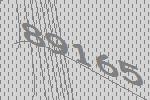
89165